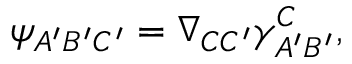
\psi _ { A ^ { \prime } B ^ { \prime } C ^ { \prime } } = \nabla _ { C C ^ { \prime } } \gamma _ { A ^ { \prime } B ^ { \prime } } ^ { C } ,